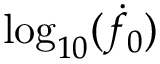
\log _ { 1 0 } ( \dot { f } _ { 0 } )